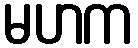
မဟက